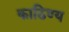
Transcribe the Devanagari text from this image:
काठिण्य